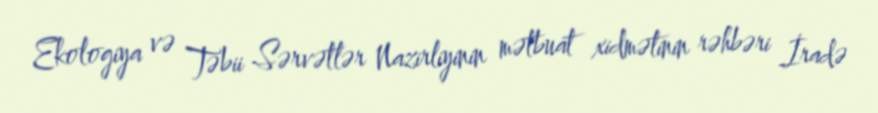
Ekologiya və Təbii Sərvətlər Nazirliyinin mətbuat xidmətinin rəhbəri İradə